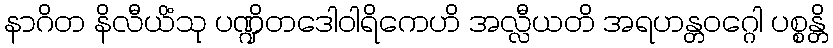
နာဂိတ နိလီယိံသု ပဏ္ဍိတဒေါဝါရိကေဟိ အလ္လီယတိ အရဟန္တဝဂ္ဂေါ ပစ္စန္တိ